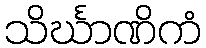
သိင်္ဃာဏိကံ